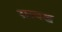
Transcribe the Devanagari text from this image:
राज्यख